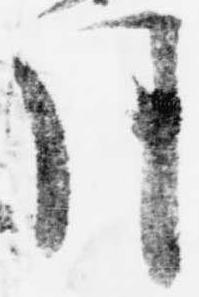
月